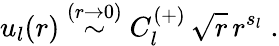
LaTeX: u_{l}(r)\stackrel{(r\rightarrow 0)}{\sim}C_{l}^{(+)}\, \sqrt{r}\, r^{s_{l}}\; .